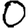
Digit: 0